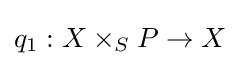
q_{1}:X\times _{S}P\to X